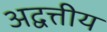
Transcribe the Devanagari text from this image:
अद्वत्तीय